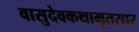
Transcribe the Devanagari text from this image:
वासुदेवकथामृतसार